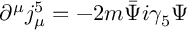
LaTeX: \partial ^ { \mu } j _ { \mu } ^ { 5 } = - 2 m \bar { \Psi } i \gamma _ { 5 } \Psi